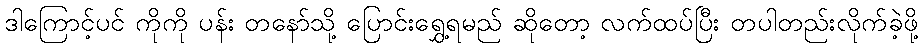
ဒါကြောင့်ပင် ကိုကို ပန်း တနော်သို့ ပြောင်းရွှေ့ရမည် ဆိုတော့ လက်ထပ်ပြီး တပါတည်းလိုက်ခဲ့ဖို့